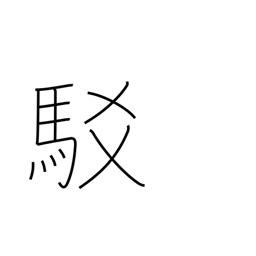
Meaning: refutation